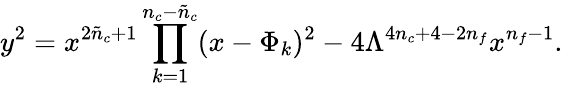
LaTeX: y^{2}=x^{2\tilde{n}_{c}+1}\prod_{k=1}^{n_{c}-\tilde{n}_{c}}(x-\Phi_{k})^{2}-4\Lambda^{4n_{c}+4-2n_{f}}x^{n_{f}-1}.